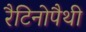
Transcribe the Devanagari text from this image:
रैटिनोपैथी